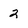
Character: 2